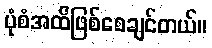
ပုံစံအထိဖြစ်စေချင်တယ်။